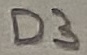
Text: D3